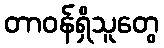
တာဝန်ရှိသူတွေ